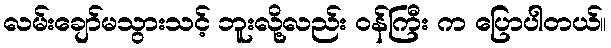
လမ်းချော်မသွားသင့် ဘူးလို့လည်း ဝန်ကြီး က ပြောပါတယ်။